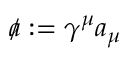
{ a \! \! \! / } : = \gamma ^ { \mu } a _ { \mu }